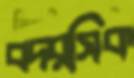
বদরসিক